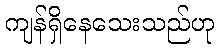
ကျန်ရှိနေသေးသည်ဟု